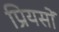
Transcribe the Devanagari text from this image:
प्रियसों